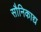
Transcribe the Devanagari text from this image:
सौनिकाद्य